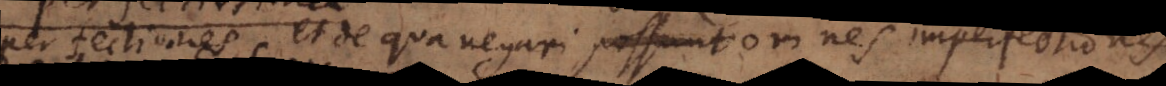
perfectiones et de qua negari debent omnes imperfectiones.